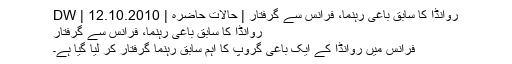
روانڈا کا سابق باغی رہنما، فرانس سے گرفتار | حالات حاضرہ | DW | 12.10.2010
روانڈا کا سابق باغی رہنما، فرانس سے گرفتار
فرانس میں روانڈا کے ایک باغی گروپ کا اہم سابق رہنما گرفتار کر لیا گیا ہے۔